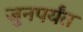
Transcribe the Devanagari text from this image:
जुनपर्यंत